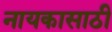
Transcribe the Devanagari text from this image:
नायकासाठी